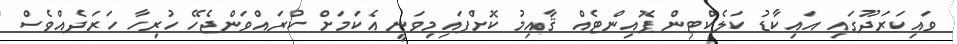
ވައިކަރަދޫގައި އައިކާޑު ކަލެކްޓިން ޕޮއިންޓެއް ޤާއިމު ކޮށްފައިމިވަނީ އެކަމަށް ކުރައްވަންޖެހޭ ހުރިހާ ހަރަދެއްވެސް